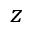
z